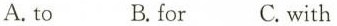
A. to B. for C. with